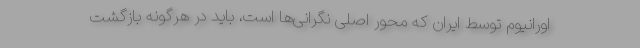
اورانیوم توسط ایران که محور اصلی نگرانی‌ها است، باید در هرگونه بازگشت